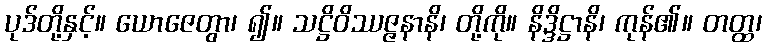
ပုဒ်တို့နှင့်။ ယောဇေတွာ၊ ၍။ သဋ္ဌိဝိဿဇ္ဇနာနိ၊ တို့ကို။ နိဒ္ဒိဋ္ဌာနိ၊ ကုန်၏။ တတ္ထ၊